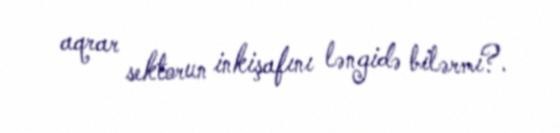
aqrar sektorun inkişafını ləngidə bilərmi?.